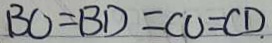
B O = B D = C O = C D \cdot